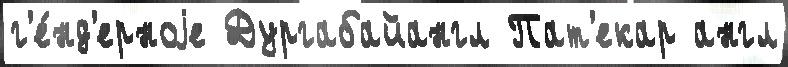
г'е́нд'ерноjе Дургабайангл Пат'екар англ